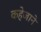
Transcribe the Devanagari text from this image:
कहेजाने